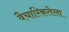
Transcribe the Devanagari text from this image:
वैचारिकतेला